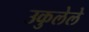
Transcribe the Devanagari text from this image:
उकुलेले